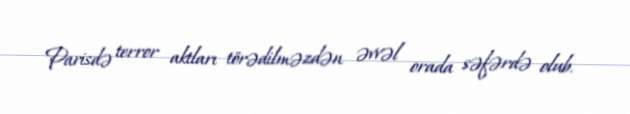
Parisdə terror aktları törədilməzdən əvvəl orada səfərdə olub.